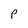
Character: P